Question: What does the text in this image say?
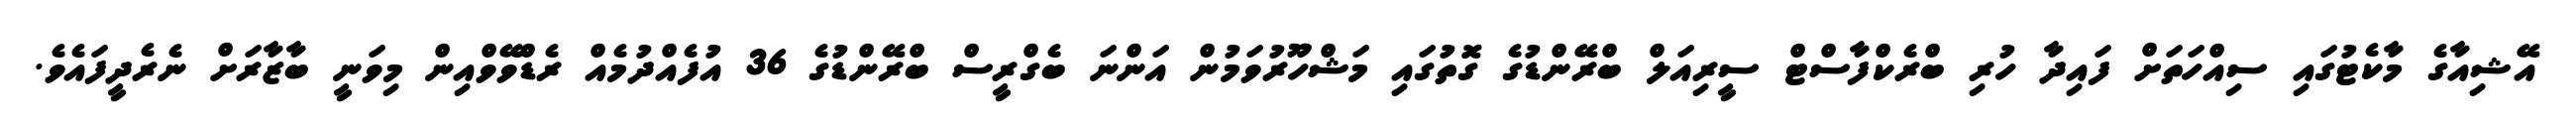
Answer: އޭޝިއާގެ މާކެޓުގައި ސިއްހަތަށް ފައިދާ ހުރި ބްރެކްފާސްޓް ސީރިއަލް ބްރޭންޑުގެ ގޮތުގައި މަޝްހޫރުވަމުން އަންނަ ބެގްރީސް ބްރޭންޑުގެ 36 އުފެއްދުމެއް ރެޑްވޭވްއިން މިވަނީ ބާޒާރަށް ނެރެދީފައެވެ.